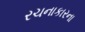
રચનાકારના